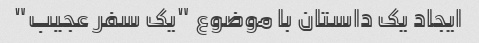
ایجاد یک داستان با موضوع "یک سفر عجیب"